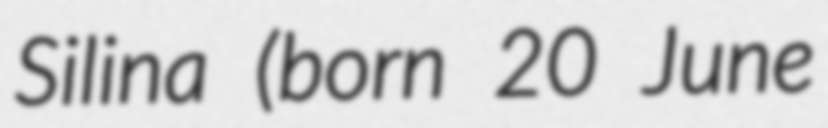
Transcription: Silina (born 20 June